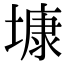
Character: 𡐓